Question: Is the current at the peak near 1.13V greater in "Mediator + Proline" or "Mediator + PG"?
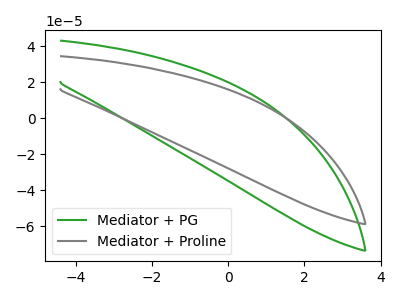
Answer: <think>The green curve "Mediator + PG" has no peaks. The gray curve "Mediator + Proline" has no peaks.</think>
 <answer>"Mediator + Proline" and "Mediator + PG" dont share a peak at 1.13V.</answer>
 <eval>mismatch</eval>